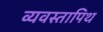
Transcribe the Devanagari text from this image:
व्यवस्तापिथ